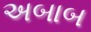
અબાબ